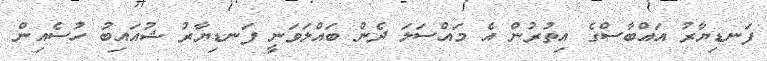
ފަނޑިޔާރު އައްބާސްގެ އިތުރުން އެ މައްސަލަ ދެން ބައްލަވަނީ ފަނޑިޔާރު ޝުއައިބު ހުސެއިން